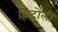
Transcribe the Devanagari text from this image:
हिन्दोली